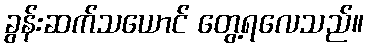
ခွန်းဆက်သယောင် တွေ့ရလေသည်။